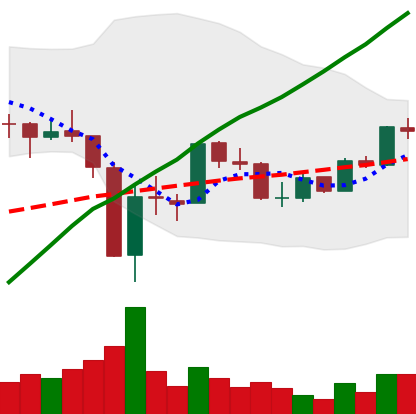
Ticker: BTC-USD
Chart end date: 2017-09-28
Forward return: 3.419%
Label: up_3_5